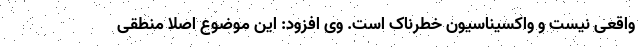
واقعی نیست و واکسیناسیون خطرناک است. وی افزود: این موضوع اصلا منطقی